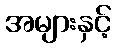
အများနှင့်